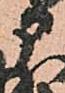
部